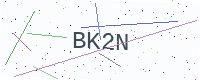
Text: BK2N